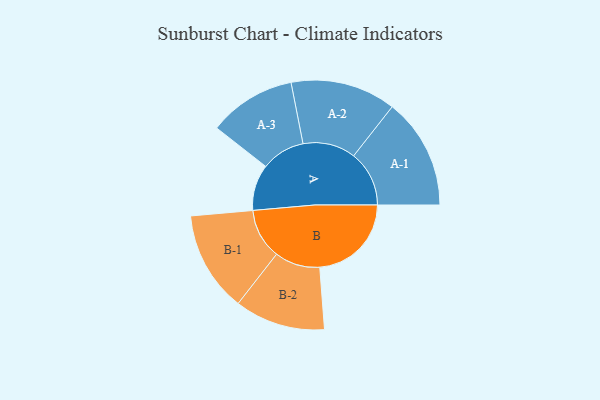
{"axis": {"x": "Segment", "y": "Value"}, "legend": ["", "A", "B"], "data": [{"x": "A", "y": 231, "type": ""}, {"x": "B", "y": 459, "type": ""}, {"x": "A-1", "y": 278, "type": "A"}, {"x": "A-2", "y": 264, "type": "A"}, {"x": "A-3", "y": 219, "type": "A"}, {"x": "B-1", "y": 252, "type": "B"}, {"x": "B-2", "y": 227, "type": "B"}]}